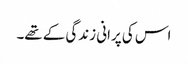
اس کی پرانی زندگی کے تھے۔